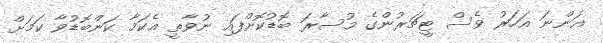
އަންނަ އަހަރު ވެސް ޓީޗަރުންގެ މުސާރަ ބޮޑުކޮށްފައި ނުވާތީ އެކަމާ ކަންބޮޑުވާ ކަމަށް